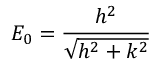
E _ { 0 } = \frac { h ^ { 2 } } { \sqrt { h ^ { 2 } + k ^ { 2 } } }